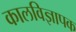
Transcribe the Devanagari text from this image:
कालविज्ञापक